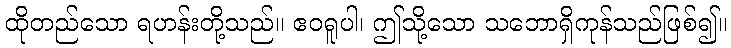
ထိုတည်သော ရဟန်းတို့သည်။ ဧဝရူပါ၊ ဤသို့သော သဘောရှိကုန်သည်ဖြစ်၍။